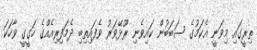
ތިރީގައި މިވަނީ އެކަމުގެ ސަބަބުން ކައިވެނި ރޫޅޭވަރު ވެފައިތިބި ދެމަފިރިއެއްގެ ހަގީގީ ވާހަކަ